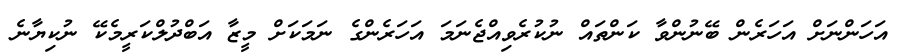
އަހަންނަށް އަހަރެން ބޭނުންވާ ކަންތައް ނުކުރެވިއްޖެނަމަ އަހަރެންގެ ނަމަކަށް މީޒާ އަބްދުލްކަރީމެކޭ ނުކިޔާނެ